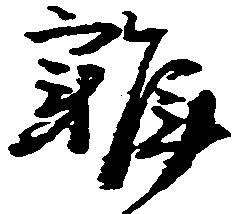
雑